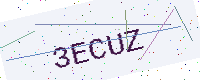
Text: 3ECUZ